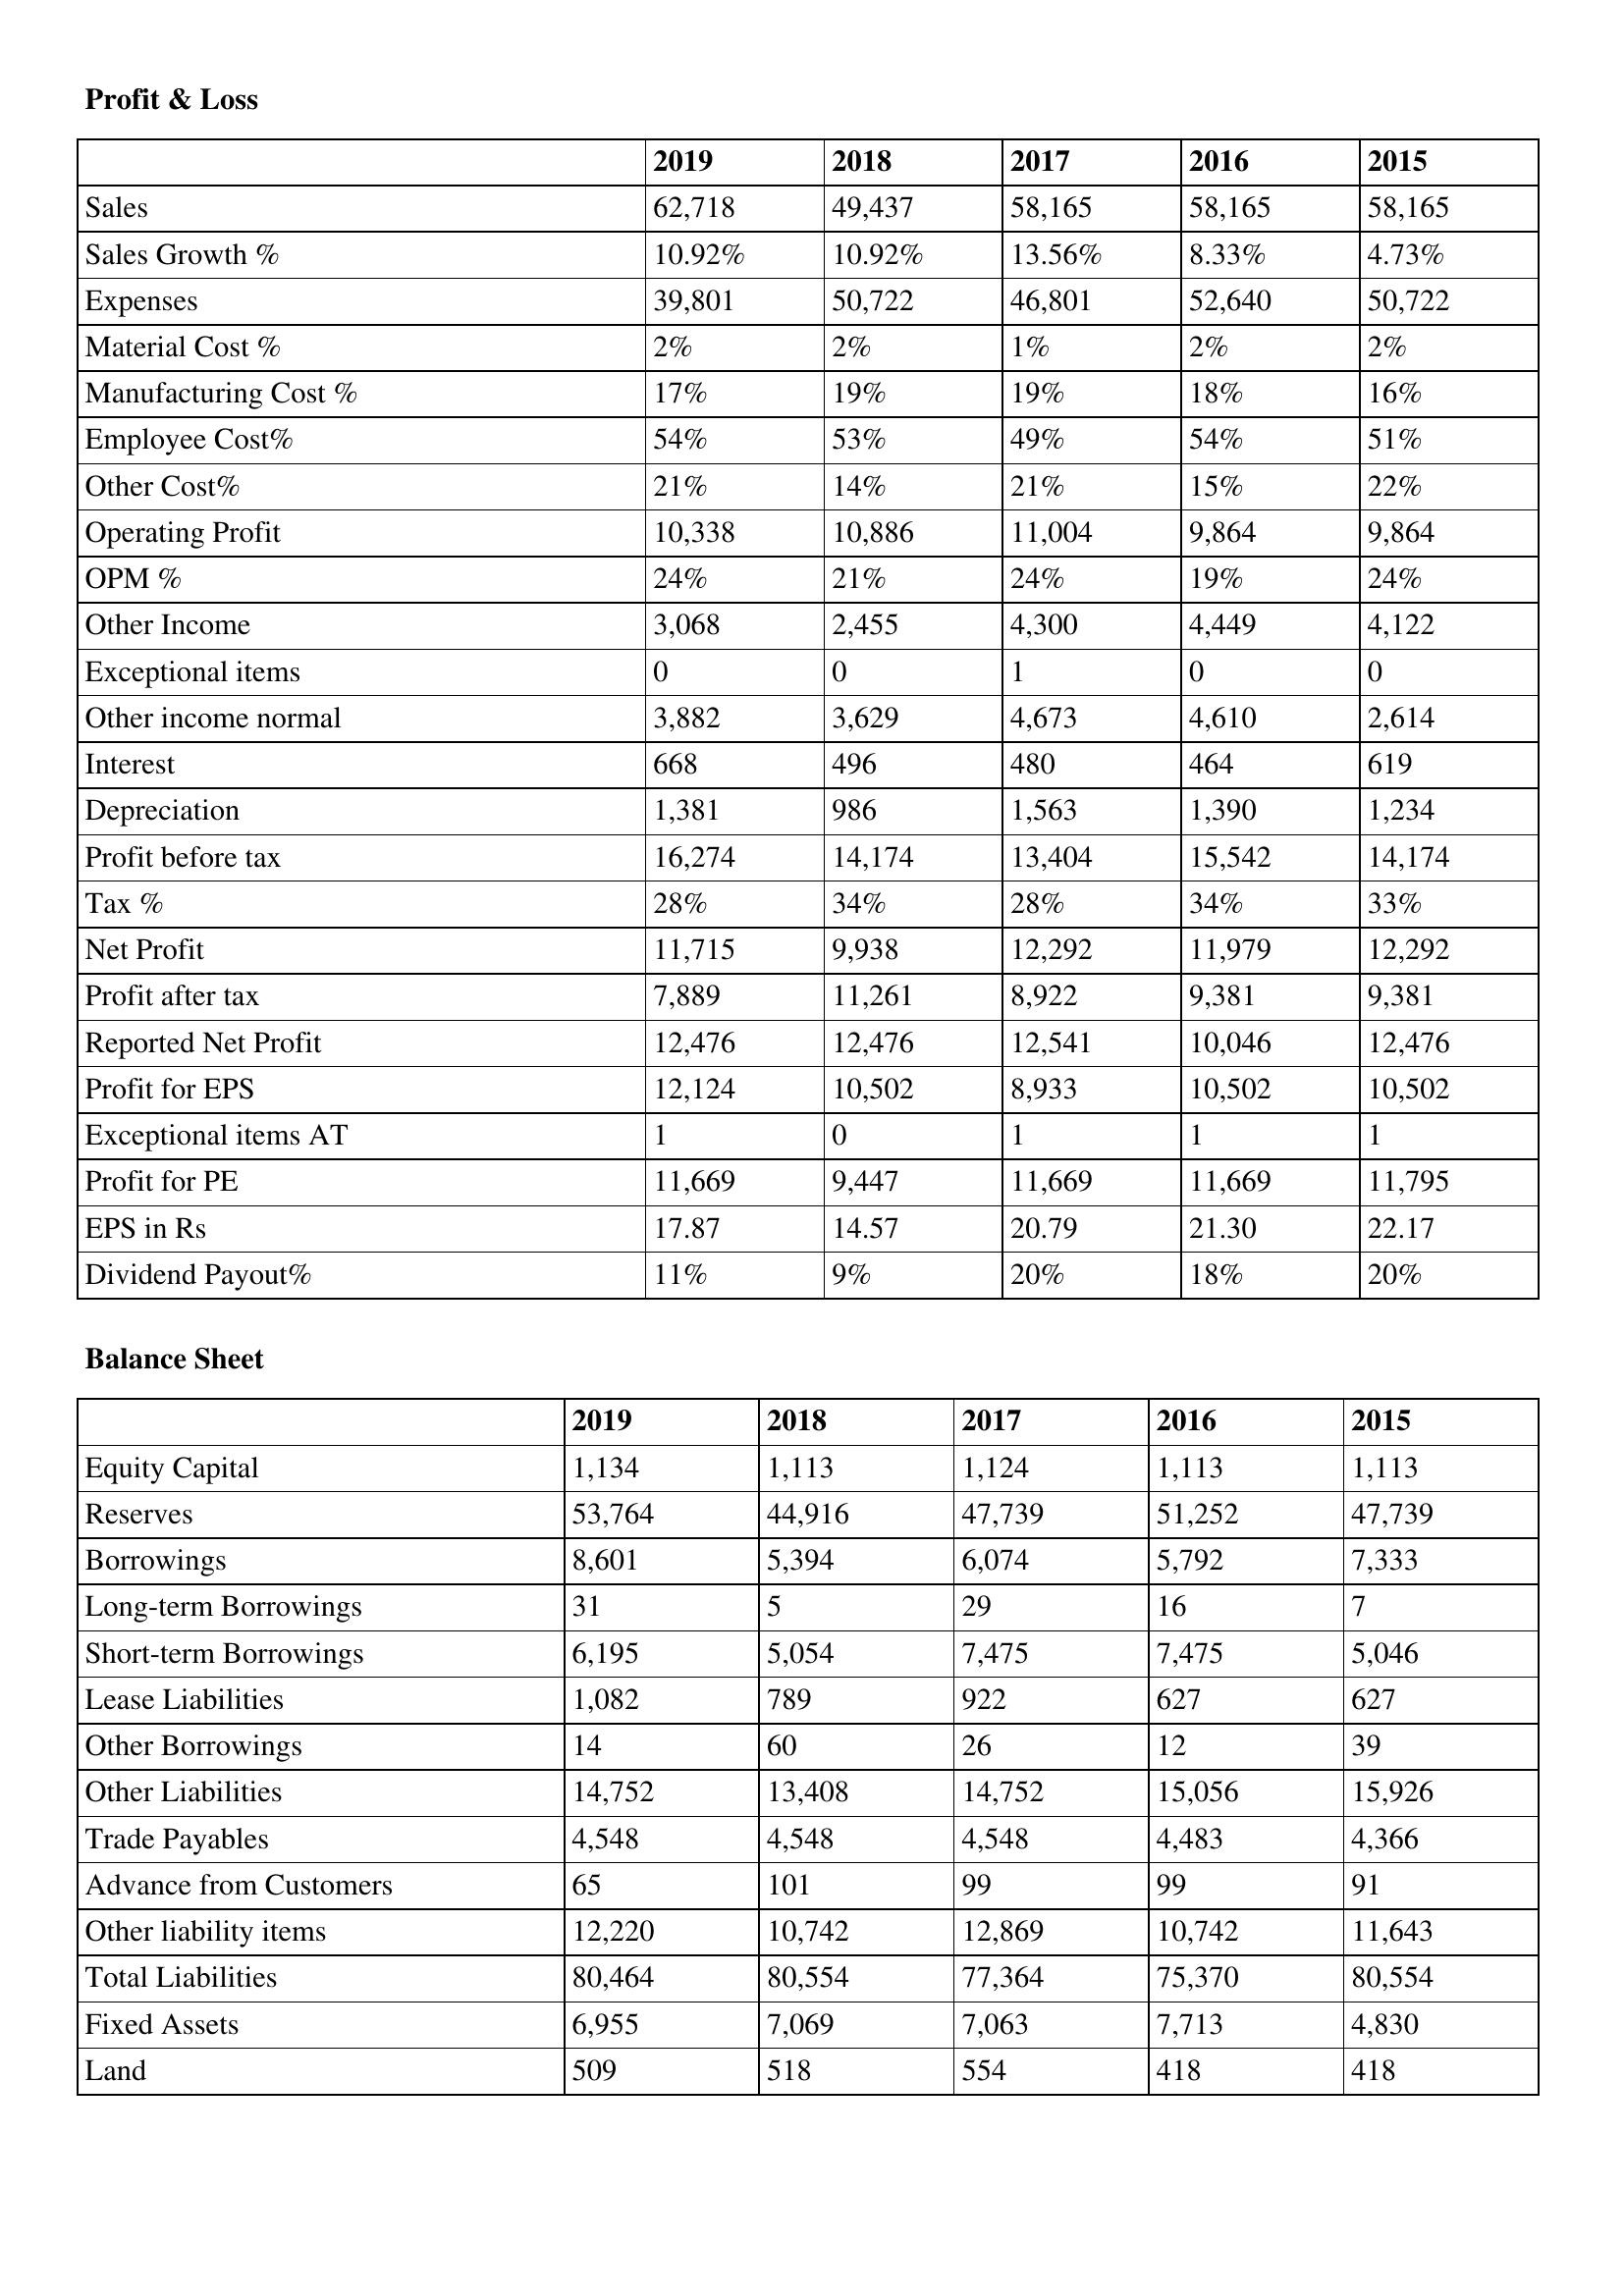
gt_parse: 2019: Profit & Loss: Sales: 62,718
Sales Growth %: 10.92%
Expenses: 39,801
Material Cost %: 2%
Manufacturing Cost %: 17%
Employee Cost%: 54%
Other Cost%: 21%
Operating Profit: 10,338
OPM %: 24%
Other Income: 3,068
Exceptional items: 0
Other income normal: 3,882
Interest: 668
Depreciation: 1,381
Profit before tax: 16,274
Tax %: 28%
Net Profit: 11,715
Profit after tax: 7,889
Reported Net Profit: 12,476
Profit for EPS: 12,124
Exceptional items AT: 1
Profit for PE: 11,669
EPS in Rs: 17.87
Dividend Payout%: 11%
Balance Sheet: Equity Capital: 1,134
Reserves: 53,764
Borrowings: 8,601
Long-term Borrowings: 31
Short-term Borrowings: 6,195
Lease Liabilities: 1,082
Other Borrowings: 14
Other Liabilities: 14,752
Trade Payables: 4,548
Advance from Customers: 65
Other liability items: 12,220
Total Liabilities: 80,464
Fixed Assets: 6,955
Land: 509
2018: Profit & Loss: Sales: 49,437
Sales Growth %: 10.92%
Expenses: 50,722
Material Cost %: 2%
Manufacturing Cost %: 19%
Employee Cost%: 53%
Other Cost%: 14%
Operating Profit: 10,886
OPM %: 21%
Other Income: 2,455
Exceptional items: 0
Other income normal: 3,629
Interest: 496
Depreciation: 986
Profit before tax: 14,174
Tax %: 34%
Net Profit: 9,938
Profit after tax: 11,261
Reported Net Profit: 12,476
Profit for EPS: 10,502
Exceptional items AT: 0
Profit for PE: 9,447
EPS in Rs: 14.57
Dividend Payout%: 9%
Balance Sheet: Equity Capital: 1,113
Reserves: 44,916
Borrowings: 5,394
Long-term Borrowings: 5
Short-term Borrowings: 5,054
Lease Liabilities: 789
Other Borrowings: 60
Other Liabilities: 13,408
Trade Payables: 4,548
Advance from Customers: 101
Other liability items: 10,742
Total Liabilities: 80,554
Fixed Assets: 7,069
Land: 518
2017: Profit & Loss: Sales: 58,165
Sales Growth %: 13.56%
Expenses: 46,801
Material Cost %: 1%
Manufacturing Cost %: 19%
Employee Cost%: 49%
Other Cost%: 21%
Operating Profit: 11,004
OPM %: 24%
Other Income: 4,300
Exceptional items: 1
Other income normal: 4,673
Interest: 480
Depreciation: 1,563
Profit before tax: 13,404
Tax %: 28%
Net Profit: 12,292
Profit after tax: 8,922
Reported Net Profit: 12,541
Profit for EPS: 8,933
Exceptional items AT: 1
Profit for PE: 11,669
EPS in Rs: 20.79
Dividend Payout%: 20%
Balance Sheet: Equity Capital: 1,124
Reserves: 47,739
Borrowings: 6,074
Long-term Borrowings: 29
Short-term Borrowings: 7,475
Lease Liabilities: 922
Other Borrowings: 26
Other Liabilities: 14,752
Trade Payables: 4,548
Advance from Customers: 99
Other liability items: 12,869
Total Liabilities: 77,364
Fixed Assets: 7,063
Land: 554
2016: Profit & Loss: Sales: 58,165
Sales Growth %: 8.33%
Expenses: 52,640
Material Cost %: 2%
Manufacturing Cost %: 18%
Employee Cost%: 54%
Other Cost%: 15%
Operating Profit: 9,864
OPM %: 19%
Other Income: 4,449
Exceptional items: 0
Other income normal: 4,610
Interest: 464
Depreciation: 1,390
Profit before tax: 15,542
Tax %: 34%
Net Profit: 11,979
Profit after tax: 9,381
Reported Net Profit: 10,046
Profit for EPS: 10,502
Exceptional items AT: 1
Profit for PE: 11,669
EPS in Rs: 21.30
Dividend Payout%: 18%
Balance Sheet: Equity Capital: 1,113
Reserves: 51,252
Borrowings: 5,792
Long-term Borrowings: 16
Short-term Borrowings: 7,475
Lease Liabilities: 627
Other Borrowings: 12
Other Liabilities: 15,056
Trade Payables: 4,483
Advance from Customers: 99
Other liability items: 10,742
Total Liabilities: 75,370
Fixed Assets: 7,713
Land: 418
2015: Profit & Loss: Sales: 58,165
Sales Growth %: 4.73%
Expenses: 50,722
Material Cost %: 2%
Manufacturing Cost %: 16%
Employee Cost%: 51%
Other Cost%: 22%
Operating Profit: 9,864
OPM %: 24%
Other Income: 4,122
Exceptional items: 0
Other income normal: 2,614
Interest: 619
Depreciation: 1,234
Profit before tax: 14,174
Tax %: 33%
Net Profit: 12,292
Profit after tax: 9,381
Reported Net Profit: 12,476
Profit for EPS: 10,502
Exceptional items AT: 1
Profit for PE: 11,795
EPS in Rs: 22.17
Dividend Payout%: 20%
Balance Sheet: Equity Capital: 1,113
Reserves: 47,739
Borrowings: 7,333
Long-term Borrowings: 7
Short-term Borrowings: 5,046
Lease Liabilities: 627
Other Borrowings: 39
Other Liabilities: 15,926
Trade Payables: 4,366
Advance from Customers: 91
Other liability items: 11,643
Total Liabilities: 80,554
Fixed Assets: 4,830
Land: 418